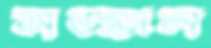
মজ্জন